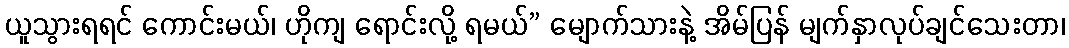
ယူသွားရရင် ကောင်းမယ်၊ ဟိုကျ ရောင်းလို့ ရမယ်” မျောက်သားနဲ့ အိမ်ပြန် မျက်နှာလုပ်ချင်သေးတာ၊